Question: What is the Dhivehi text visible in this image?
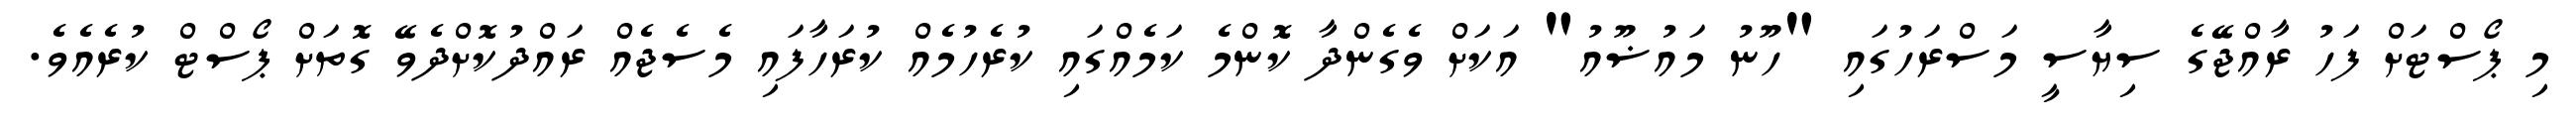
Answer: މި ޕޯސްޓަށް ފަހު ރާއްޖޭގެ ސިޔާސީ މަސްރަހުގައި "ހޫނު މައުޟޫއު" އަކަށް ވެގެންދާ ކޮންމެ ކަމެއްގައި ކުރެހުމެއް ކުރަހާފައި މެސެޖެއް ރައްދުކޮށްދެވޭ ގޮތަށް ޕޯސްޓް ކުރެއެވެ.